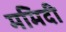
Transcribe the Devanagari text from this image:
ममिदी